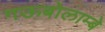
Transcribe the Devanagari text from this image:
गऊबोलाम्बे